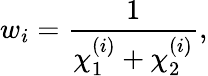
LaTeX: w_{i}=\frac{1}{\chi_{1}^{(i)}+\chi_{2}^{(i)}},